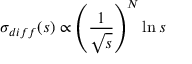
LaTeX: \sigma _ { d i f f } ( s ) \propto \left( \frac { 1 } { \sqrt { s } } \right) ^ { N } \ln { s }